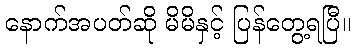
နောက်အပတ်ဆို မိမိနှင့် ပြန်တွေ့ရပြီ။